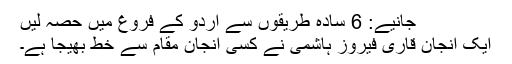
جانیے: 6 سادہ طریقوں سے اردو کے فروغ میں حصہ لیں
ایک انجان قاری فیروز ہاشمی نے کسی انجان مقام سے خط بھیجا ہے۔